Juuru_vallavalitsus, lk 31
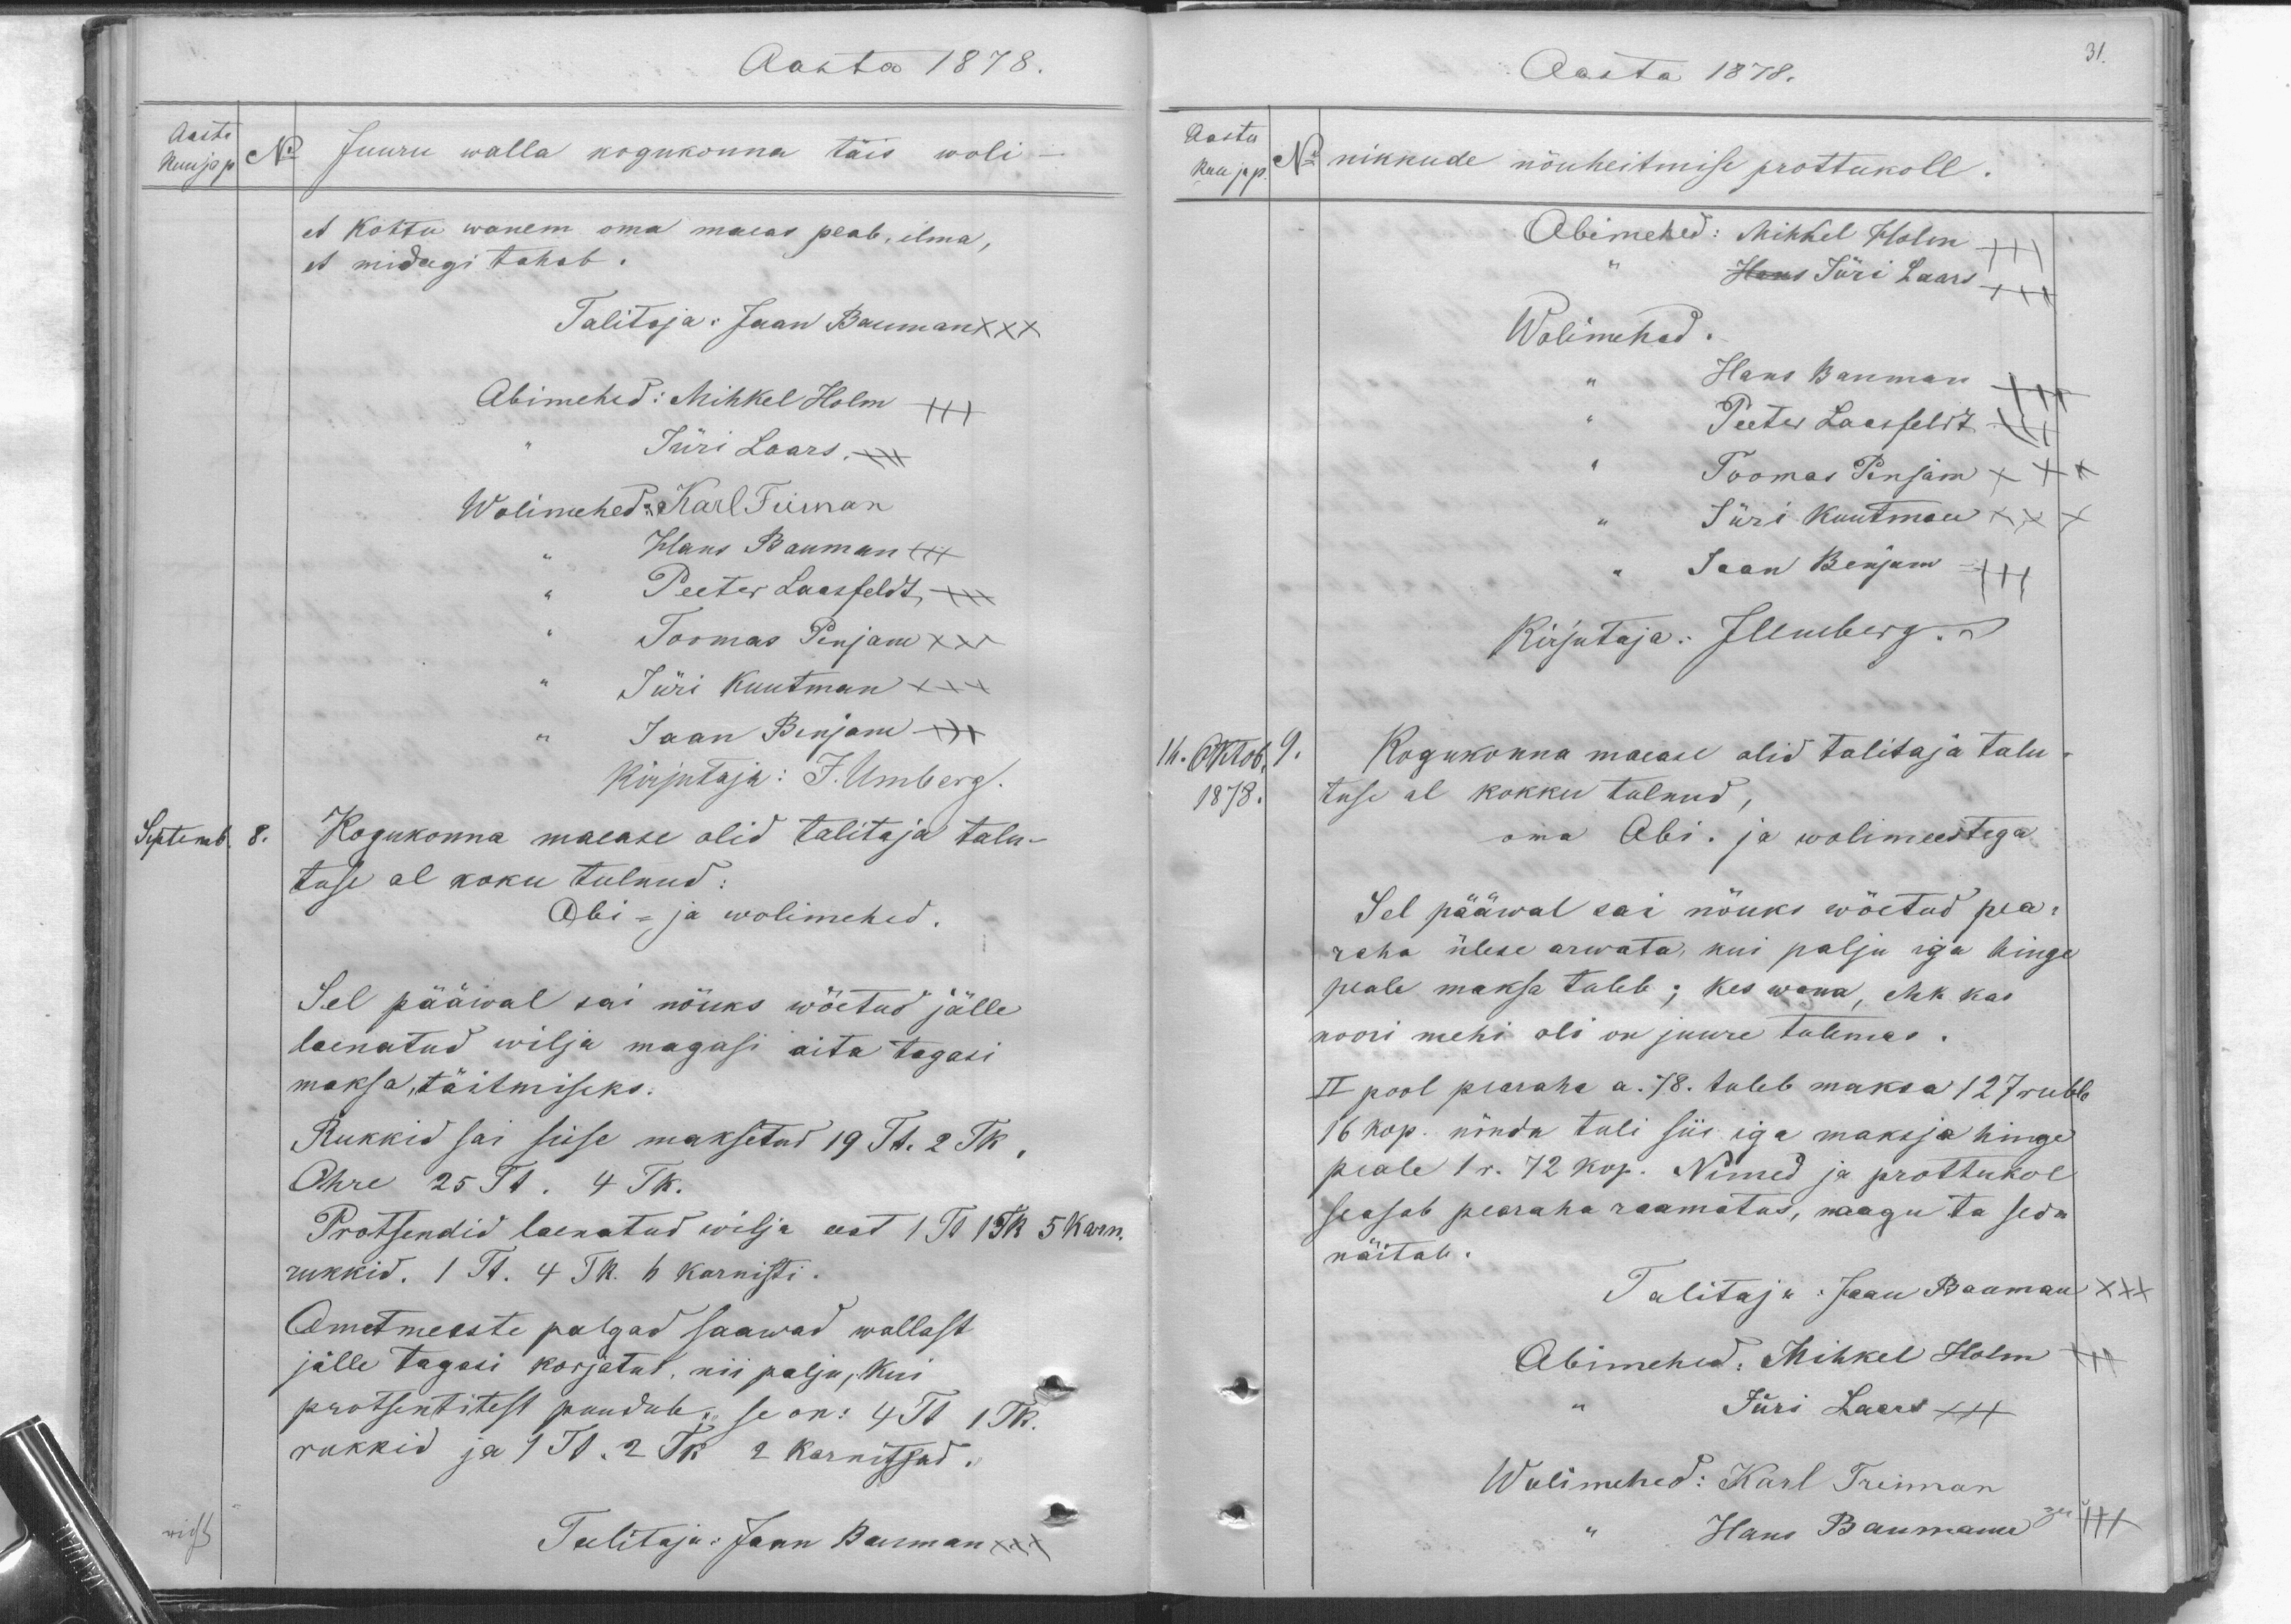
Aasta 1878.
Aasta
Kuu ja p No
Juuru walla kogukonna täis woli-
et kohtu wanem oma maeas peab, ilma,
et midagi tahab.
Talitaja: Jaan Baumann XXX
Abimehed: Mihkel Holm XXX
Jüri Laars XXX
Wolimehed: Karl Feiman
Hans Bauman XXX
Peeter Laasfeldt
Toomas Penjam xxx
Jüri Kuutman XXX
Jaan Benjam
kirjutaja: J. Umberg.
Septemb. 8.
Kogukonna maease olid talitaja talu-
tuse al koku tulnud:
Abi- ja wolimehed.
Sel pääwal sai nõuks wõetud jälle
laenatud wilja magasi aita tagasi.
maksa, täitmiseks.
Rukkid sai sisse maksetud 19 Tt. 2 Tk,
Ohre 25 Tt. 4 Tk.
Protsendid laenatud wilja eest 1 Tl 1Tk 5 karn.
rukkid. 1 Tt. 4 Tk. 6 karnisti.
Ametmeeste palgad saawad wallast
jälle tagasi korjatul, nii palju, kui
protsentitest puudub se on: 4Tt 1TR.
rukkid ja 1 Tt. 2 Tk 2 karnitsad.
wids
Talitaja: Jaan Bauman xxx

Aasta 1878.
31.
Aasta
kuu ja p.
No. nikkude nõuheitmise prottukoll.
Abimehed: Mihkel Holm
Hans Jüri Laars.
Wolimehed.
Hans Bauman
Peeter Laasfeldt
Toomas Penjam
Jüri Kuutman
" Jaan Benjam XXX
Kirjutaja: J Umberg
14. Oktob. 9
1878.
Kogukonna maease olid talitaja talu-
tuse al kokku tulnud,
oma Abi. ja wolimeestega.
Sel pääwal sai nõuks wõetud pea-
raha ülese arwata, kui palju iga hinge
peale maksa tuleb; kes wana, ehk kas
noori mehi oli on juure tulemas.
II pool pearaha a. 78. tuleb maksa 127 rubla
16 kop. nõnda tuli siis iga maksja hinge
peale 1 r. 72 kop. Nimed ja prottukol
seasab pearaha raamatus, naagu ta seda
näitab.
Talitaja: Jaan Bauman XXX
Abimehed: Mihkel Holm
Jüri Laars
Wolimehed: Karl Treiman
Hans Baumann